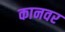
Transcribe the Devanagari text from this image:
कानवर